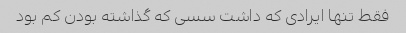
فقط تنها ایرادی که داشت سسی که گذاشته بودن کم بود